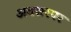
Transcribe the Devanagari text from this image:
अवसरपर